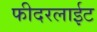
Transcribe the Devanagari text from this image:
फीदरलाईट